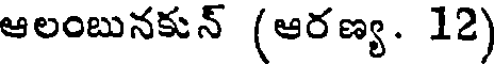
ఆలంబునకున్ (ఆరణ్య. 12)